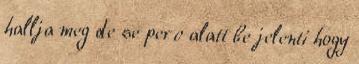
hallja meg de se perc alatt be jelenti hogy